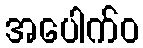
အပေါက်ဝ